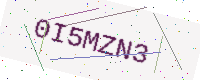
Text: 0I5MZN3